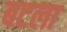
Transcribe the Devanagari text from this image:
बटला